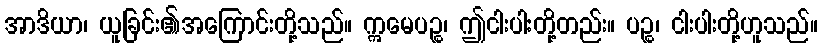
အာဒိယာ၊ ယူခြင်း၏အကြောင်းတို့သည်။ ဣမေပဉ္စ၊ ဤငါးပါးတို့တည်း။ ပဉ္စ၊ ငါးပါးတို့ဟူသည်။